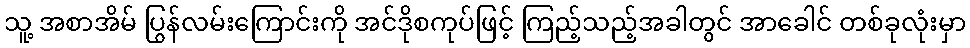
သူ့ အစာအိမ် ပြွန်လမ်းကြောင်းကို အင်ဒိုစကုပ်ဖြင့် ကြည့်သည့်အခါတွင် အာခေါင် တစ်ခုလုံးမှာ